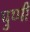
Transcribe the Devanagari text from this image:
पुप्पी